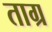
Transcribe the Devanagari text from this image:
ताग्र